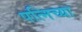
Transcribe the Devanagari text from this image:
पत्निच्या